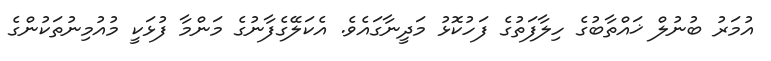
އުމަރު ބުނުލް ޚައްތާބުގެ ހިލާފަތުގެ ފަހުކޮޅު މަދީނާގައެވެ. އެކަލޭގެފާނުގެ މަންމާ ފުޅަކީ މުއުމިނުތަކުންގެ